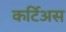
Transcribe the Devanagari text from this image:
कर्टिअस